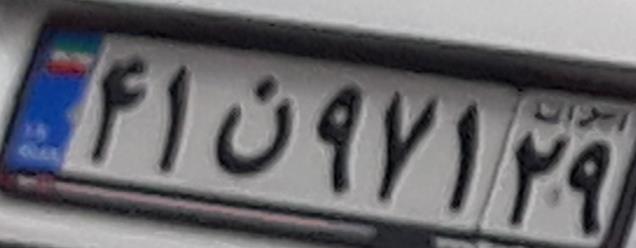
۴۱ن۹۷۱۲۹